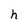
Character: h